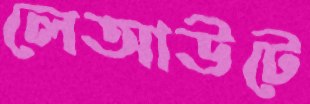
লেআউটে